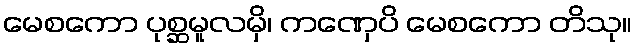
မေစကော ပုစ္ဆမူလမှိ၊ ကဏှေပိ မေစကော တိသု။